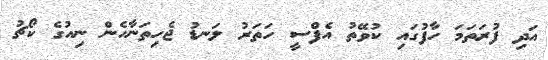
އަދި ފުރަތަމަ ހާފުގައި ކުވޭތު އެފްސީ ހަތަރު ލަނޑު ޖެހިތަނާހެން ނިއުގެ ކޯޗު